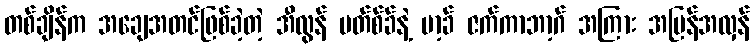
တစ်ချိန်က အချေအတင်ဖြစ်ခဲ့တဲ့ အီလွန် မတ်စ်ခ်နဲ့ မာ့ခ် ဇက်ကာဘာ့ဂ် အကြား အပြန်အလှန်